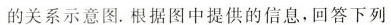
的关系示意图。根据图中提供的信息，回答下列